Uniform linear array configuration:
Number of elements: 4
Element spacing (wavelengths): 0.25
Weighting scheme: cosine
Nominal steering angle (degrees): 0
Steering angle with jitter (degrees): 1.895
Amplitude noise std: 0.05
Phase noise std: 0.05

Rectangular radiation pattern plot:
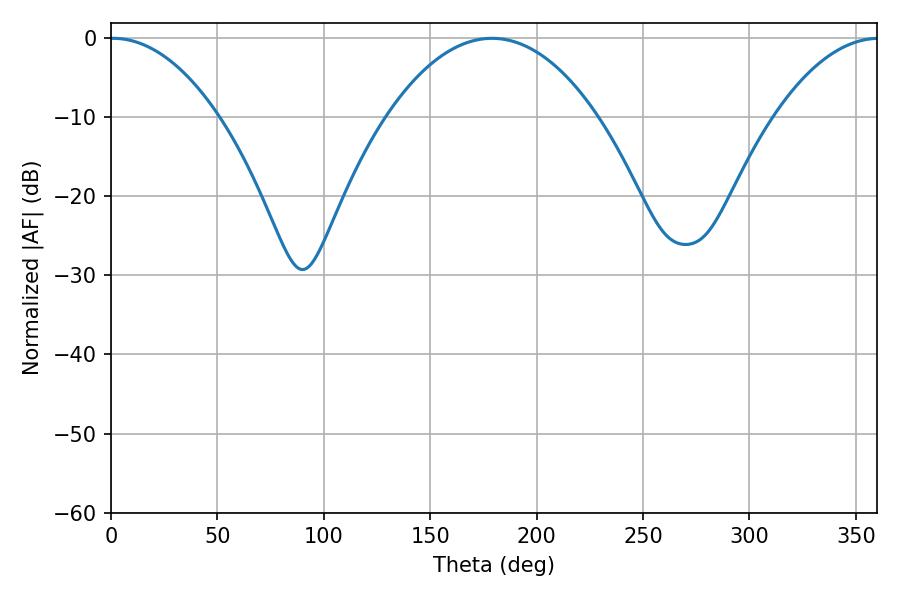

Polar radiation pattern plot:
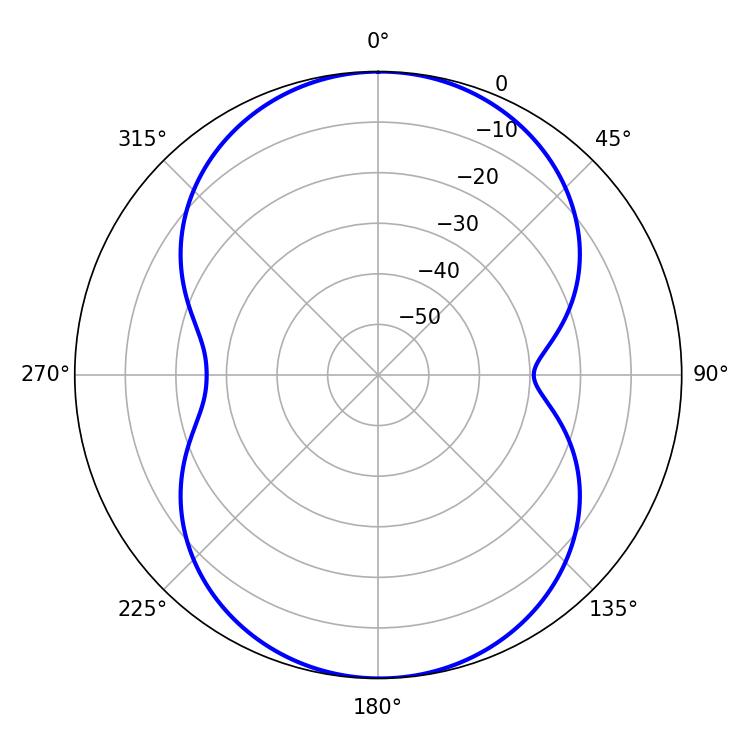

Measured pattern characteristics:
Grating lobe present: FALSE
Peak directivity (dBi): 18.048
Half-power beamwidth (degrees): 28.44
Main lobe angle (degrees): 0.9